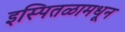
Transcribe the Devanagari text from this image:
इस्पितळामधून